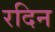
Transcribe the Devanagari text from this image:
रदिन